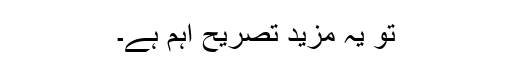
تو یہ مزید تصریح اہم ہے۔